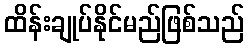
ထိန်းချုပ်နိုင်မည်ဖြစ်သည်